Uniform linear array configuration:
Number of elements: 4
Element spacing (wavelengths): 0.5
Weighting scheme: exponential
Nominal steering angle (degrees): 45
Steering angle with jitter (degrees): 46.912
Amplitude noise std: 0.05
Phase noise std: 0.05

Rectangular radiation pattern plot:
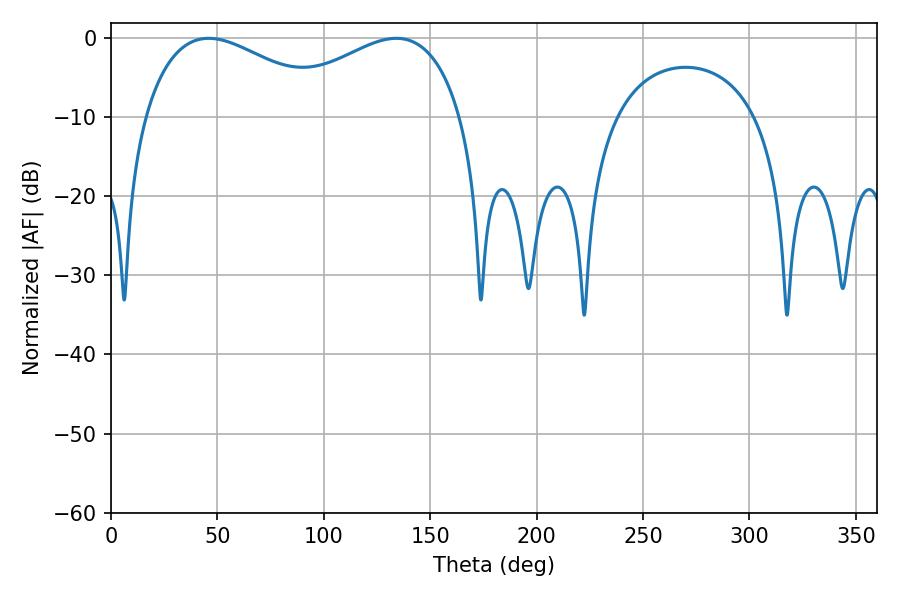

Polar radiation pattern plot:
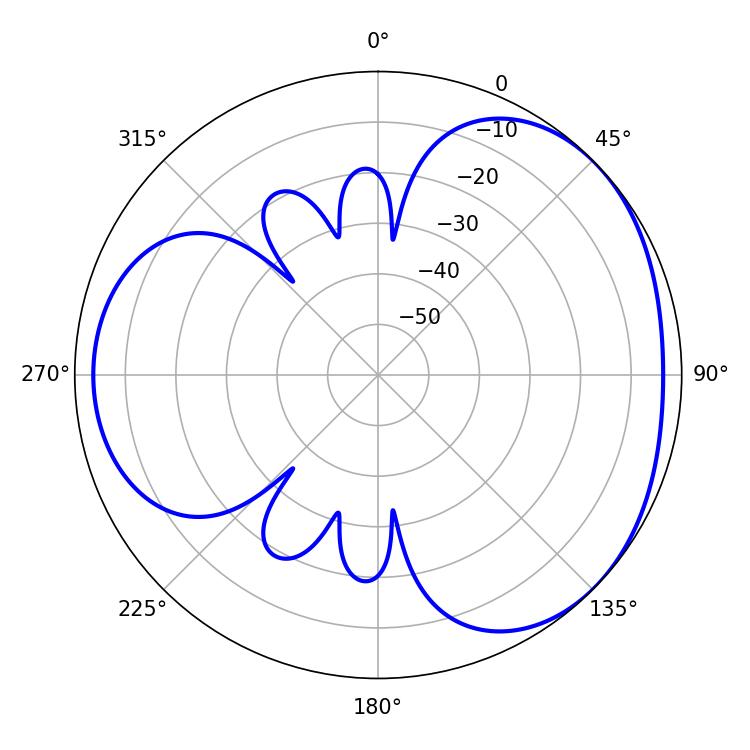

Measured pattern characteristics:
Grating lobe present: FALSE
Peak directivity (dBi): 3.29
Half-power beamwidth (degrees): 49.68
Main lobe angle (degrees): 45.9